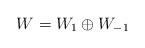
LaTeX: \begin{align*} W = W_1 \oplus W_{-1}\end{align*}